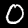
Digit: 0